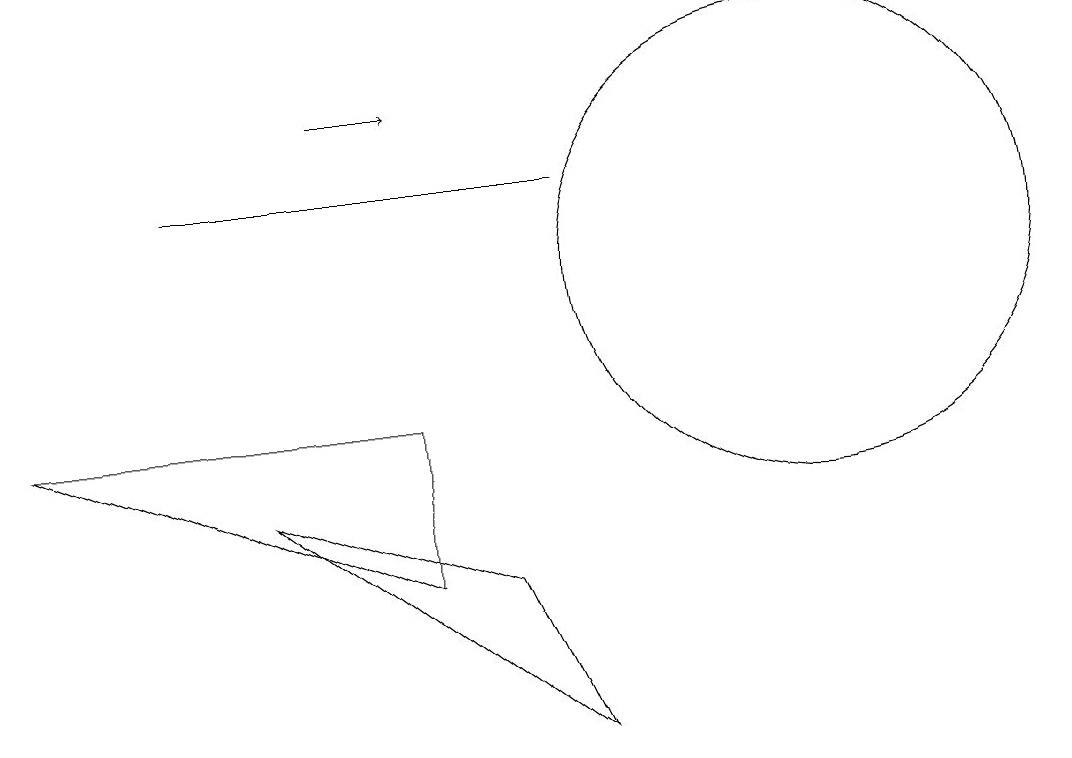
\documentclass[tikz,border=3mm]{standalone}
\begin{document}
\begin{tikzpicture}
\draw[->] (6,13) -- (7,13);
\draw (9,5) -- (5,8) -- (8,7) -- cycle;
\draw (9,12) rectangle (4,12);
\draw (12,11) circle (3);
\draw (2,9) -- (7,7) -- (7,9) -- cycle;
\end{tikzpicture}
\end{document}